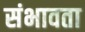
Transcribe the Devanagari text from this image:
संभावता